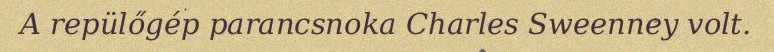
A repülőgép parancsnoka Charles Sweenney volt.